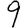
Digit: 9